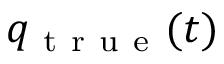
q _ { \mathrm { ~ t ~ r ~ u ~ e ~ } } ( t )